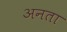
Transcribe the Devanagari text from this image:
अनता